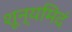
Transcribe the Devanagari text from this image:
शून्यमिदं